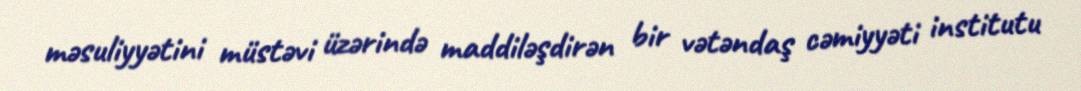
məsuliyyətini müstəvi üzərində maddiləşdirən bir vətəndaş cəmiyyəti institutu